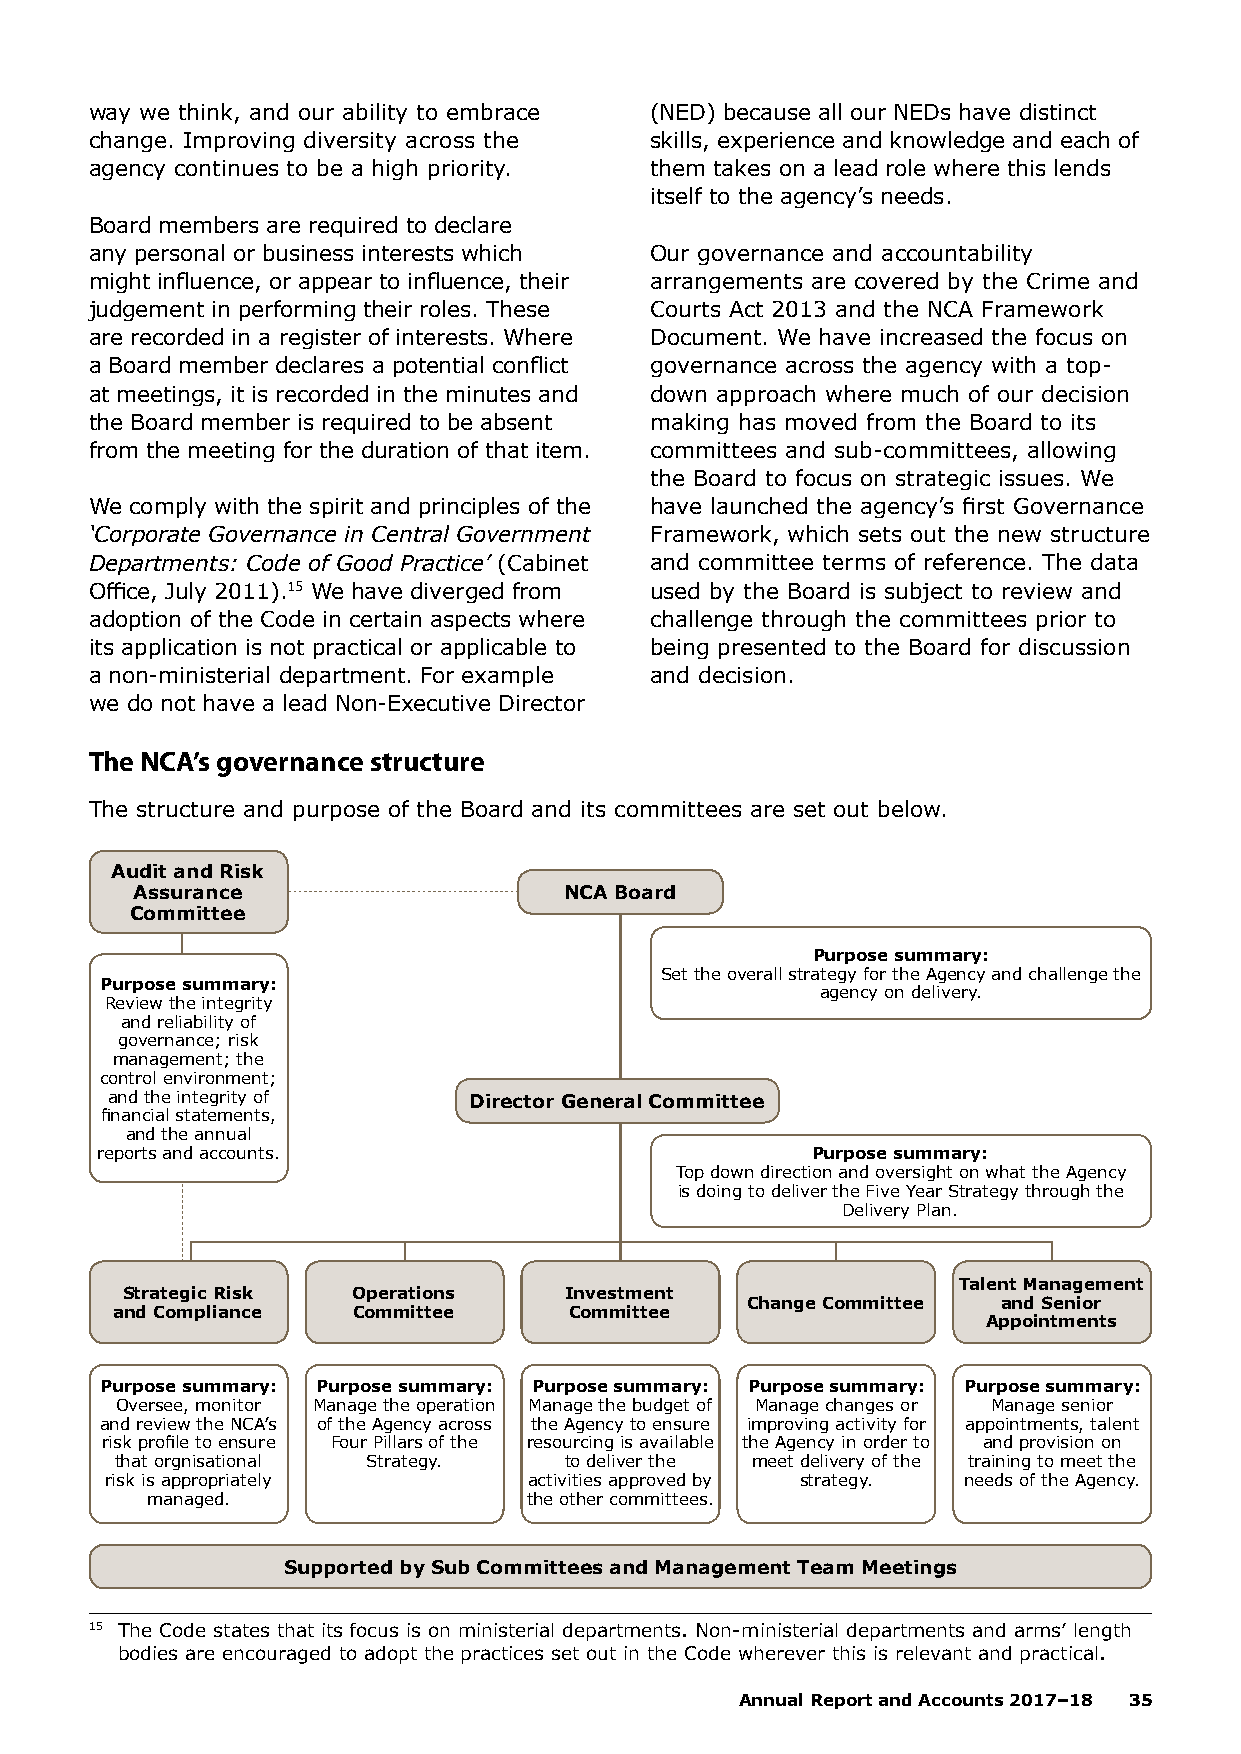
way we think, and our ability to embrace (NED) because all our NEDs have distinct
 change. Improving diversity across the skills, experience and knowledge and each of
 agency continues to be a high priority. them takes on a lead role where this lends
 itself to the agency’s needs.
 Board members are required to declare
 any personal or business interests which Our governance and accountability
 might influence, or appear to influence, their arrangements are covered by the Crime and
 judgement in performing their roles. These Courts Act 2013 and the NCA Framework
 are recorded in a register of interests. Where Document. We have increased the focus on
 a Board member declares a potential conflict governance across the agency with a top-
 at meetings, it is recorded in the minutes and down approach where much of our decision
 the Board member is required to be absent making has moved from the Board to its
 from the meeting for the duration of that item. committees and sub-committees, allowing
 the Board to focus on strategic issues. We
 We comply with the spirit and principles of the have launched the agency’s first Governance
 ‘Corporate Governance in Central Government Framework, which sets out the new structure
 Departments: Code of Good Practice’ (Cabinet and committee terms of reference. The data
 Office, July 2011).15 We have diverged from used by the Board is subject to review and
 adoption of the Code in certain aspects where challenge through the committees prior to
 its application is not practical or applicable to being presented to the Board for discussion
 a non-ministerial department. For example and decision.
 we do not have a lead Non-Executive Director
 The NCA’s governance structure
 The structure and purpose of the Board and its committees are set out below.
 Audit and Risk
 Assurance                   NCA Board
 Committee
 Purpose summary:
 Set the overall strategy for the Agency and challenge the
 Purpose summary:
 agency on delivery.
 Review the integrity
 and reliability of
 governance; risk
 management; the
 control environment;
 and the integrity of    Director General Committee
 financial statements,
 and the annual
 reports and accounts.                           Purpose summary:
 Top down direction and oversight on what the Agency
 is doing to deliver the Five Year Strategy through the
 Delivery Plan.
 Talent Management
 Strategic Risk Operations    Investment
 Change Committee and Senior
 and Compliance Committee      Committee
 Appointments
 Purpose summary: Purpose summary: Purpose summary: Purpose summary: Purpose summary:
 Oversee, monitor Manage the operation Manage the budget of Manage changes or Manage senior
 and review the NCA’s of the Agency across the Agency to ensure improving activity for appointments, talent
 risk profile to ensure Four Pillars of the resourcing is available the Agency in order to and provision on
 that orgnisational Strategy. to deliver the meet delivery of the training to meet the
 risk is appropriately       activities approved by strategy. needs of the Agency.
 managed.                 the other committees.
 Supported by Sub Committees and Management Team Meetings
 15 The Code states that its focus is on ministerial departments. Non-ministerial departments and arms’ length
 bodies are encouraged to adopt the practices set out in the Code wherever this is relevant and practical.
 Annual Report and Accounts 2017–18 35